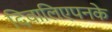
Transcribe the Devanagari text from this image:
दिवालिएपनके